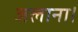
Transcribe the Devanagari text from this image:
जलाना।